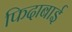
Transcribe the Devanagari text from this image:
फिदाबाई